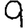
Digit: 9